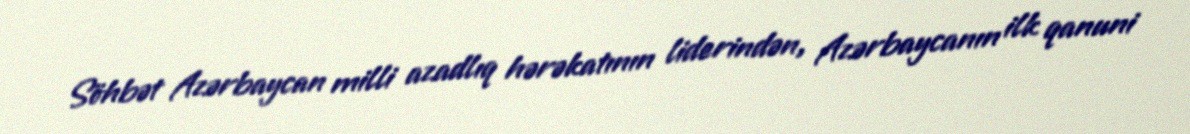
Söhbət Azərbaycan milli azadlıq hərəkatının liderindən, Azərbaycanın ilk qanuni